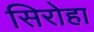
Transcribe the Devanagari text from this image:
सिरोहा